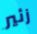
زئير